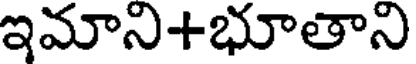
ఇమాని+భూతాని